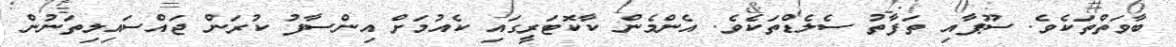
ބާވަތްތަކެވެ. ސޫޕާއި ތަފާތު ސެލެޑްތަކެވެ. އެންމެން ކާކޮޓަރީގައި ކެއުމަށް އިންސާފު ކުރަން ޖައްސައިލިތަނުން